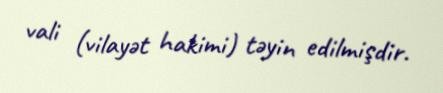
vali (vilayət hakimi) təyin edilmişdir.